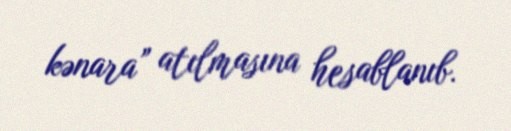
kənara” atılmasına hesablanıb.